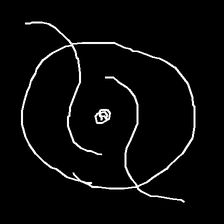
Glyph: repetition